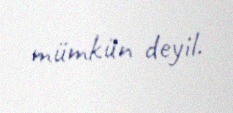
mümkün deyil.